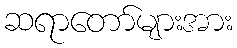
ဆရာတော်များအား